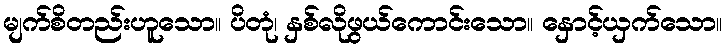
မျက်စိတည်းဟူသော။ ပိတုံ၊ နှစ်လိုဖွယ်ကောင်းသော။ နှောင့်ယှက်သော။